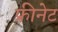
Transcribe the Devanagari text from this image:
फ्रीनेट